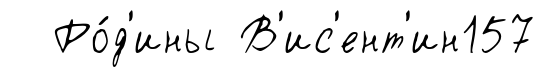
Ро́д'ины В'ис'ент'ин157